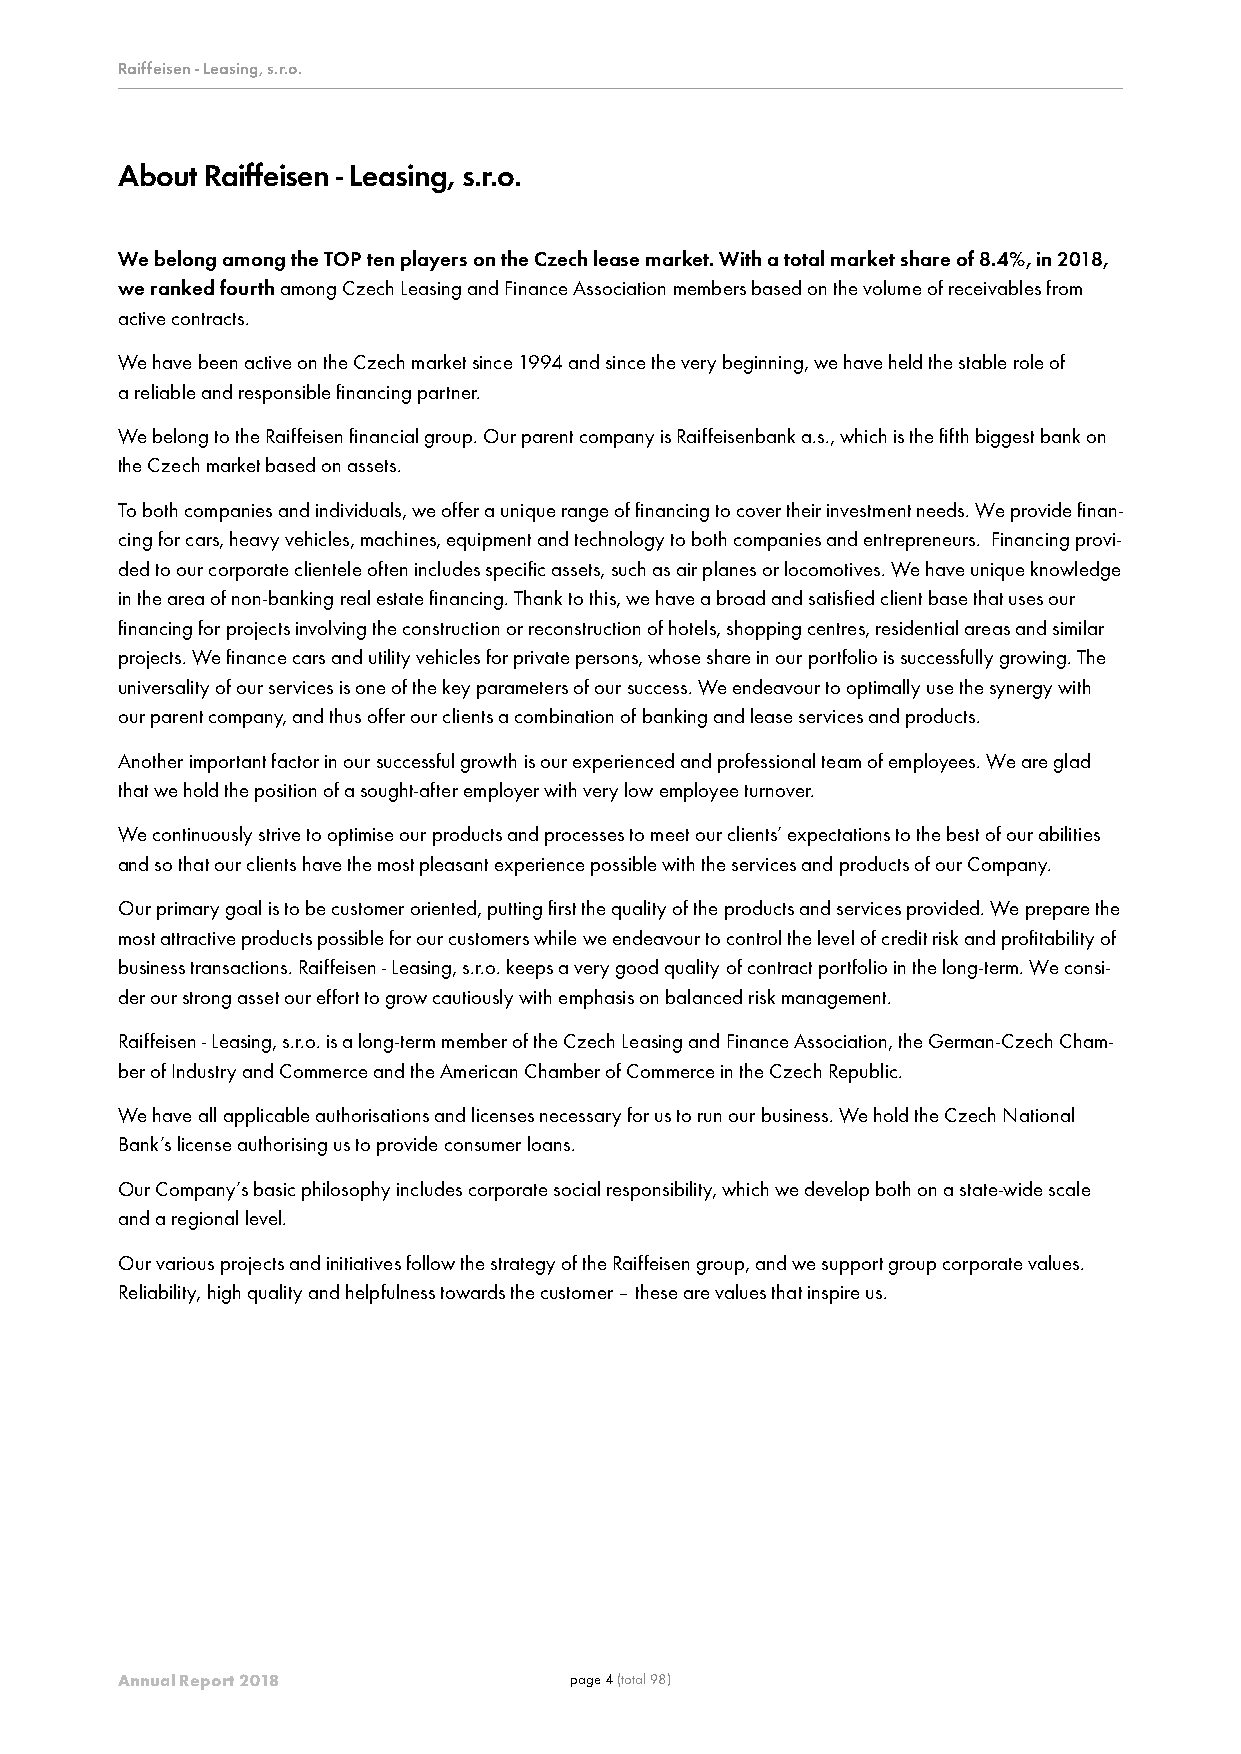
RRRaaaiiiffffffeeeiiissseeennn --- LLLeeeaaasssiiinnnggg,,, sss...rrr...ooo... -- POř ílsophoale ičnndoivsitdi uRáalinffíe úisčeentn - í Lzeáavsěinrkgy, s- .Rr.ook. končící 31. prosincem 2018
 About Raiffeisen - Leasing, s.r.o.
 We belong among the TOP ten players on the Czech lease market. With a total market share of 8.4%, in 2018,
 we ranked fourth among Czech Leasing and Finance Association members based on the volume of receivables from
 active contracts.
 We have been active on the Czech market since 1994 and since the very beginning, we have held the stable role of
 a reliable and responsible financing partner.
 We belong to the Raiffeisen financial group. Our parent company is Raiffeisenbank a.s., which is the fifth biggest bank on
 the Czech market based on assets.
 To both companies and individuals, we offer a unique range of financing to cover their investment needs. We provide finan-
 cing for cars, heavy vehicles, machines, equipment and technology to both companies and entrepreneurs. Financing provi-
 ded to our corporate clientele often includes specific assets, such as air planes or locomotives. We have unique knowledge
 in the area of non-banking real estate financing. Thank to this, we have a broad and satisfied client base that uses our
 financing for projects involving the construction or reconstruction of hotels, shopping centres, residential areas and similar
 projects. We finance cars and utility vehicles for private persons, whose share in our portfolio is successfully growing. The
 universality of our services is one of the key parameters of our success. We endeavour to optimally use the synergy with
 our parent company, and thus offer our clients a combination of banking and lease services and products.
 Another important factor in our successful growth is our experienced and professional team of employees. We are glad
 that we hold the position of a sought-after employer with very low employee turnover.
 We continuously strive to optimise our products and processes to meet our clients’ expectations to the best of our abilities
 and so that our clients have the most pleasant experience possible with the services and products of our Company.
 Our primary goal is to be customer oriented, putting first the quality of the products and services provided. We prepare the
 most attractive products possible for our customers while we endeavour to control the level of credit risk and profitability of
 business transactions. Raiffeisen - Leasing, s.r.o. keeps a very good quality of contract portfolio in the long-term. We consi-
 der our strong asset our effort to grow cautiously with emphasis on balanced risk management.
 Raiffeisen - Leasing, s.r.o. is a long-term member of the Czech Leasing and Finance Association, the German-Czech Cham-
 ber of Industry and Commerce and the American Chamber of Commerce in the Czech Republic.
 We have all applicable authorisations and licenses necessary for us to run our business. We hold the Czech National
 Bank’s license authorising us to provide consumer loans.
 Our Company’s basic philosophy includes corporate social responsibility, which we develop both on a state-wide scale
 and a regional level.
 Our various projects and initiatives follow the strategy of the Raiffeisen group, and we support group corporate values.
 Reliability, high quality and helpfulness towards the customer – these are values that inspire us.
 Annual Report 2018            page 4 (total 98)